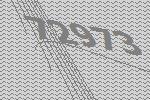
72973